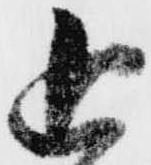
追